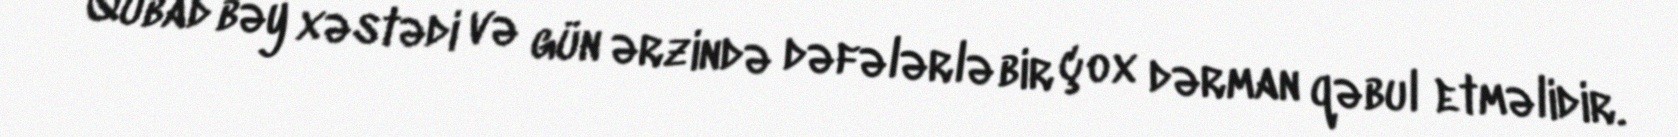
"Qubad bəy xəstədi və gün ərzində dəfələrlə bir çox dərman qəbul etməlidir.